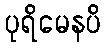
ပုရိမေနပိ